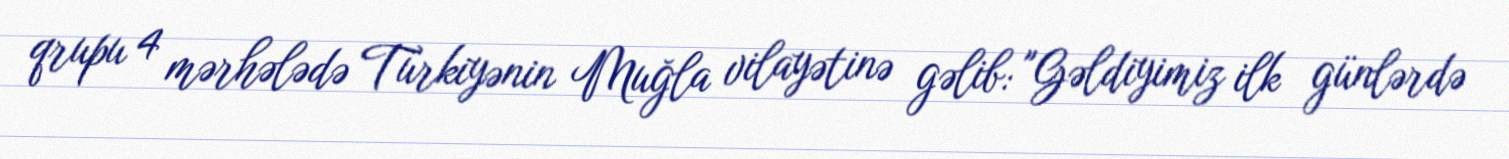
qrupu 4 mərhələdə Türkiyənin Muğla vilayətinə gəlib: "Gəldiyimiz ilk günlərdə